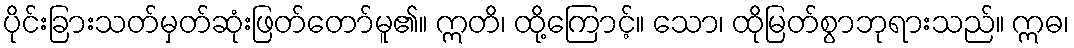
ပိုင်းခြားသတ်မှတ်ဆုံးဖြတ်တော်မူ၏။ ဣတိ၊ ထို့ကြောင့်။ သော၊ ထိုမြတ်စွာဘုရားသည်။ ဣဓ၊